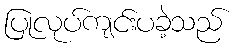
ပြုလုပ်ကျင်းပခဲ့သည်